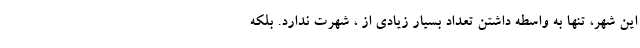
این شهر، تنها به واسطه داشتن تعداد بسیار زیادی از ، شهرت ندارد. بلکه